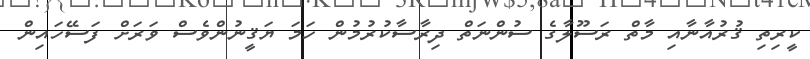
ކީރިތި ޤުރުއާނާއި މާތް ރަސޫލާގެ ސުންނަތް ދިރާސާކުރުމުން ހަމަ ޔަޤީނުންވެސް ވަރަށް ފަސޭހައިން